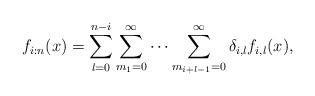
\begin{align*} f_{i:n}(x)=\sum_{l=0}^{n-i}\sum_{m_{1}=0}^{\infty}\cdots\sum_{m_{i+l-1}=0}^{\infty}\delta_{i,l}f_{i,l}(x),\end{align*}